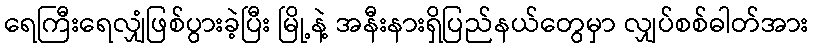
ရေကြီးရေလျှံဖြစ်ပွားခဲ့ပြီး မြို့နဲ့ အနီးနားရှိပြည်နယ်တွေမှာ လျှပ်စစ်ဓါတ်အား